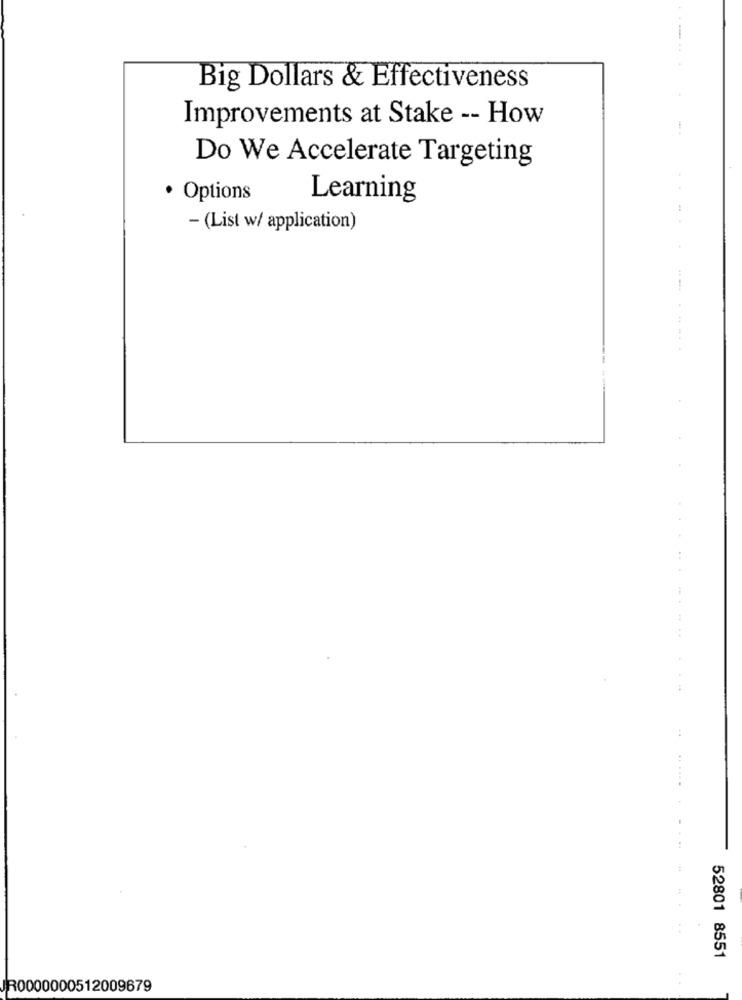
Big Dollars & Effectiveness
Improvements at Stake -- How
Do We Accelerate Targeting
· Options
Learning
- (List w/ application)
.- -.
----
52801 8551
JR0000000512009679